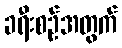
ခရီးစဉ်အတွက်